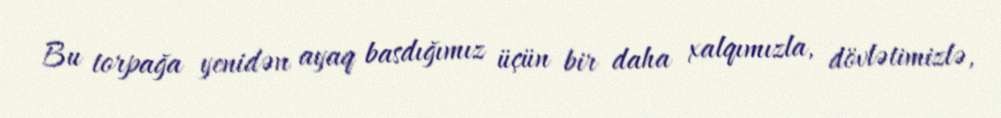
Bu torpağa yenidən ayaq basdığımız üçün bir daha xalqımızla, dövlətimizlə,